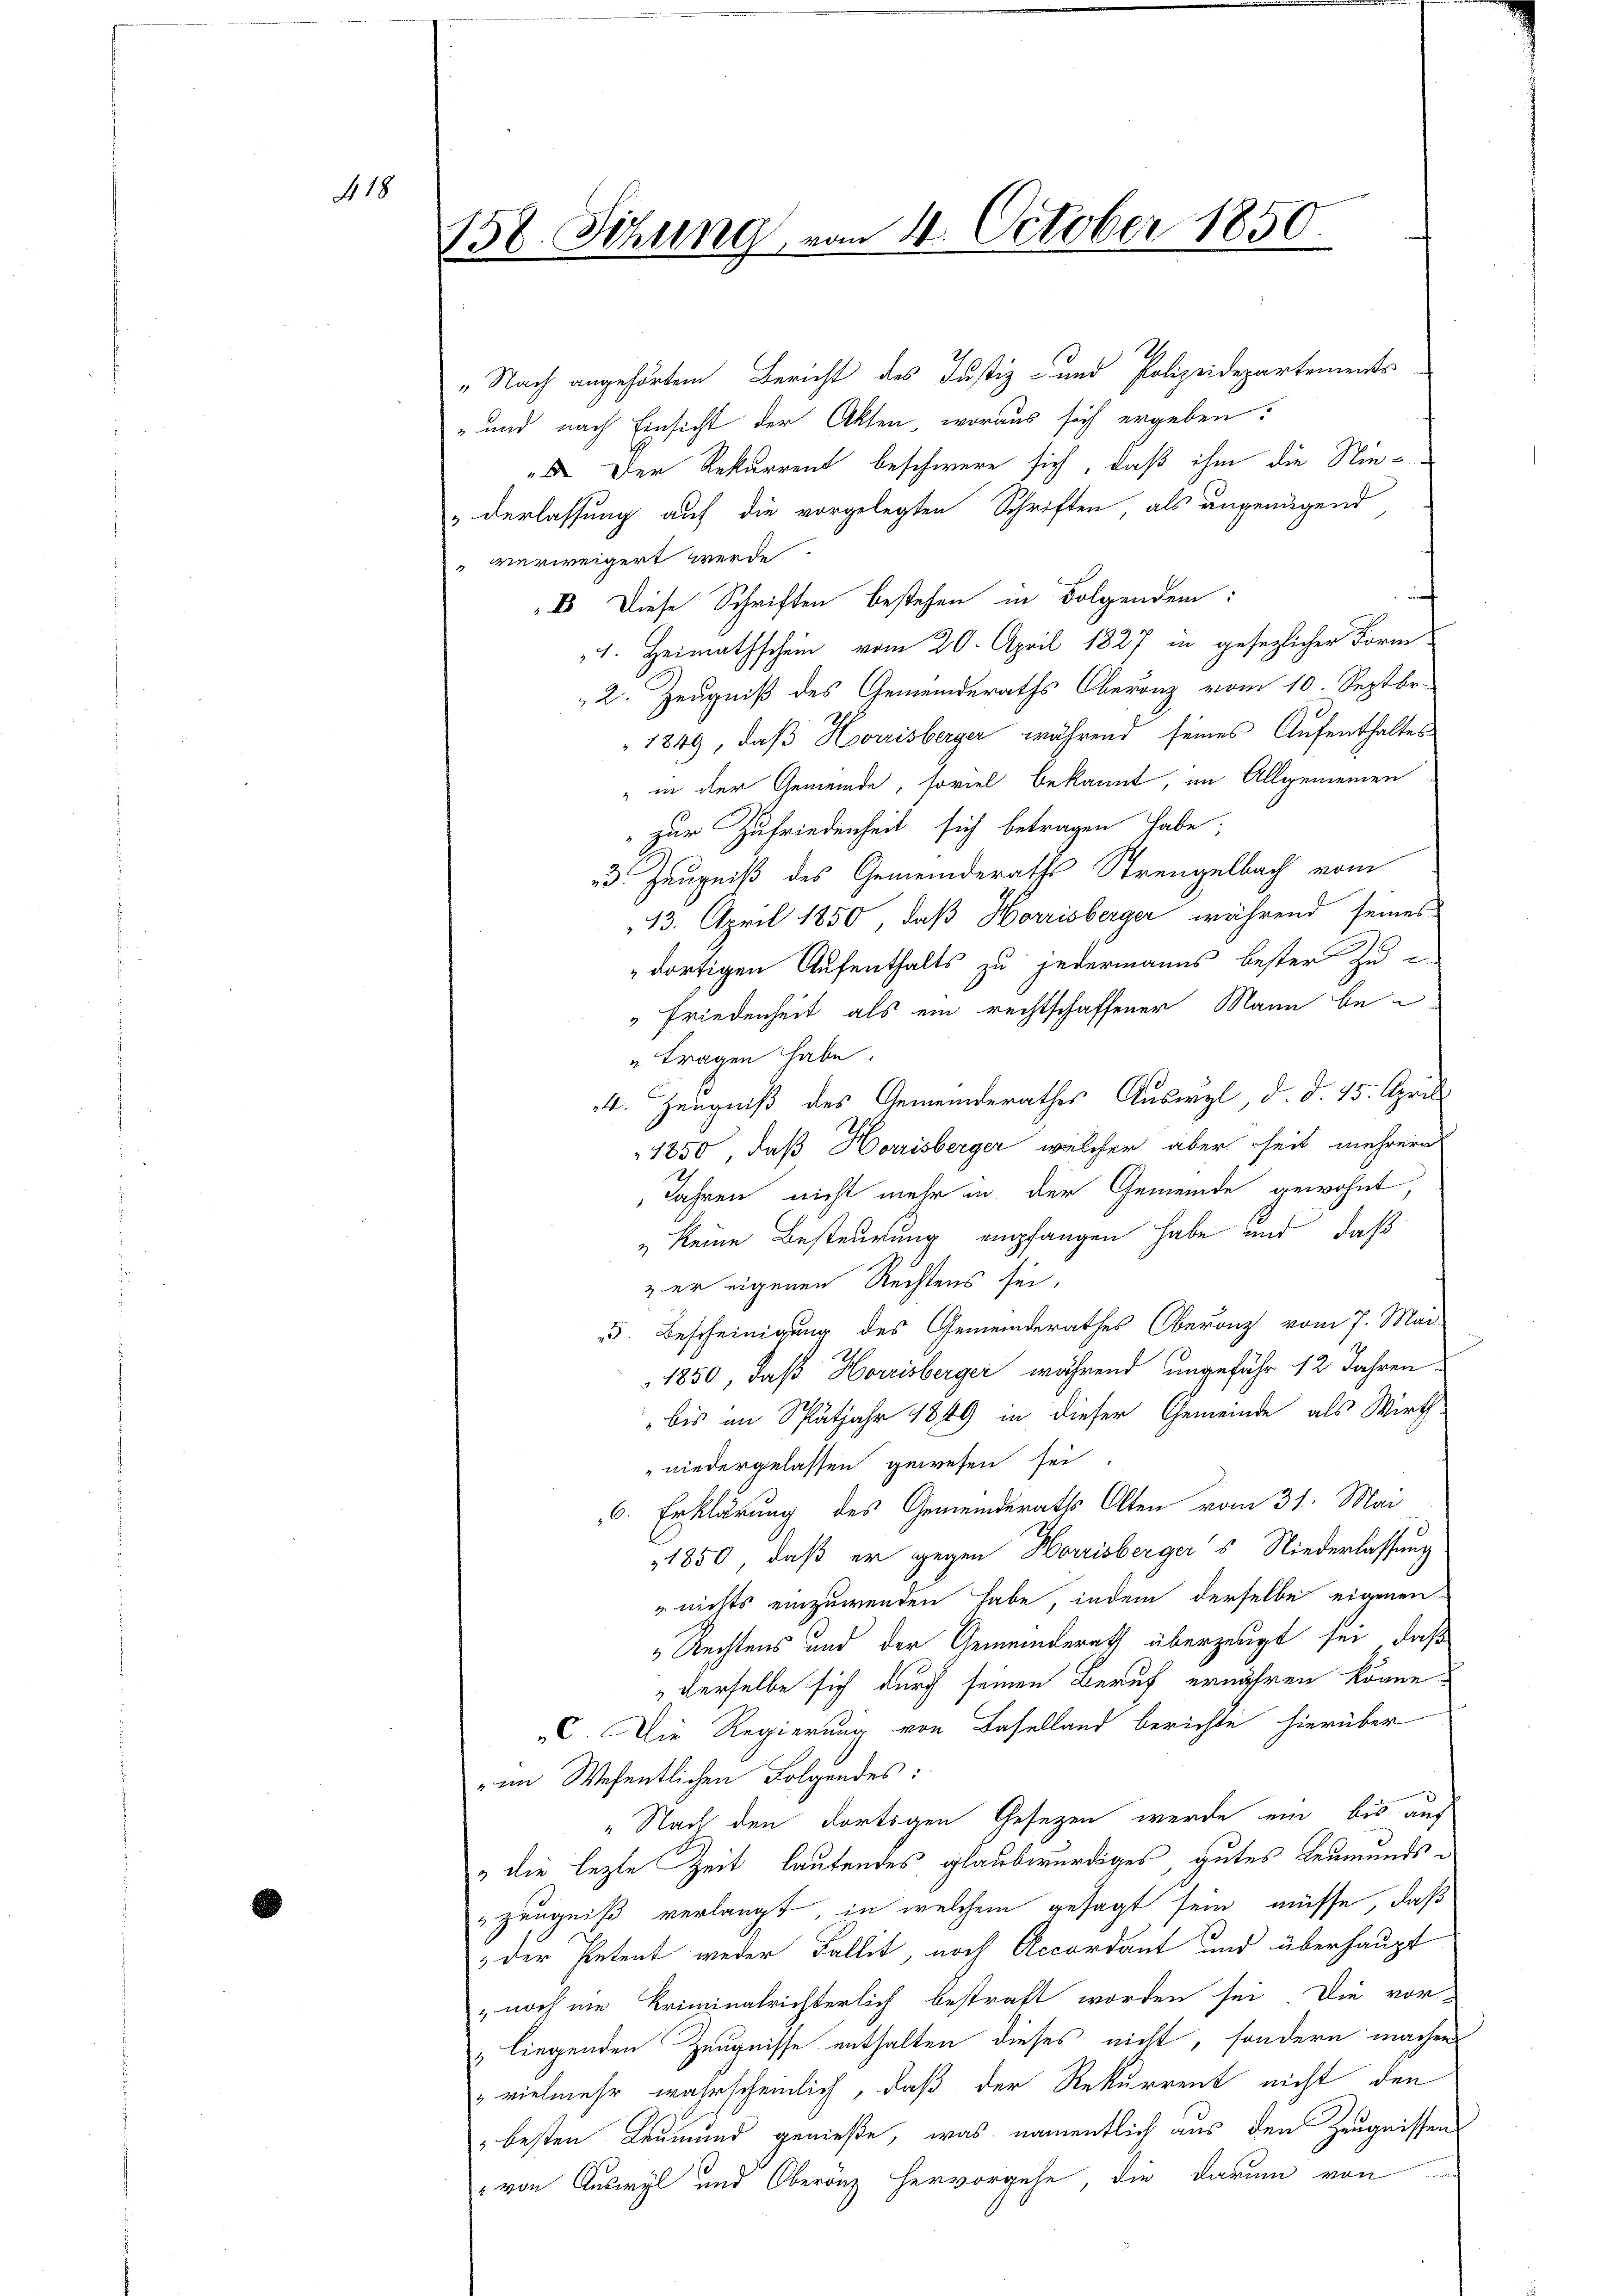
Ao 18

158. Sitzung vom 14. October 1850.

„Nach angehörtem Bericht des Justiz- und Polizeidepartements
" und nach Einsicht der Akten, woraus sich ergeben:
". Der Rekurrent beschwere sich, daß ihm die Niederlassung auf die vorgelegten Schriften, als angenügend
" verweigert werde.
f
B. Diese Schriften bestehen in Folgendem:
4. Heimathschein vom 20. April 1827 in gesezlicher Form
2. Zeugniß des Gemeinderaths Oberanz vom 10. Septbr.
1849, daß Hoorrisberger während seines Aufenthaltes
" in der Gemeinde, soviel bekannt, im Allgemeinen
"zur Zufriedenheit sich betragen habe;
d Zeugniß des Gemeinderaths Strengelbach vom
13. April 1850, daß Horrisberger während seines
dortigen Aufenthalts zu jedermanns bester zu
Friedenheit als ein rechtschaffener Mann bei
u tragen habe.
4. Zeugniß des Gemeinderathes Auswyl, d. d. 15. April
1850, daß Harrisberger, welcher aber seit mehrere
Jahren nicht mehr in der Gemeinde gewohnt,
& keine Besteurung empfangen habe und daß
& er eigenen Rechtens sei,
5. Bescheinigung des Gemeinderathes Oberanz vom 7. Mai
1850, daß Horrisberger während ungefähr 12 Jahren
bis im Spätjahr 1849 in dieser Gemeinde als Wirth
niedergelassen gewesen sei
6. Erklärung des Gemeinderaths Alten vom 31. Mai
1850, daß er gegen Harrisberger's Niederlassung
" nichts einzuwenden habe, indem derselbe eigenen
„Rechtens und der Gemeinderath überzeugt sei, daß
 derselbe sich durch seinen Beruf ernähren könne.
C. Die Regierung von Baselland berichte hierüber
im Wesentlichen Folgendes:
„Nach den dortigen Gesetzen werde ein bis auf
" die lezte Zeit lautendes glaubwürdiges, gutes Leumunds¬
Zeugniß verlangt, in welchem gesagt sein müsse, daß
 der Petent weder Fallit, noch Accordant und überhaupt
, noch nie Kriminalrichterlich bestraft worden sei. Die vor-
„liegenden Zeugnisse enthalten dieses nicht, sondern machen
vielmehr wahrscheinlich, daß der Rekurrent nicht den
" besten Leumund genieße, was namentlich aus den Zeugnissen
" von Auswyl und Oberönz hervorgehe, die darum von